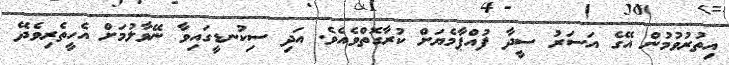
އިތުރުވުމުން އޭގެ އަސަރު ސީދާ ފުއްޕާމެޔަށް ކުރާގޮތްވެއެވެ. އަދި ސިކުނޑީގައިވާ ނޭވާލުމަށް އެހީތެރިވެދޭ